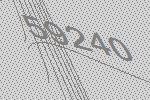
59240